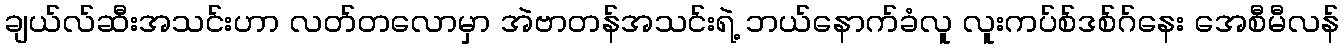
ချယ်လ်ဆီးအသင်းဟာ လတ်တလောမှာ အဲဗာတန်အသင်းရဲ့ ဘယ်နောက်ခံလူ လူးကပ်စ်ဒစ်ဂ်နေး အေစီမီလန်